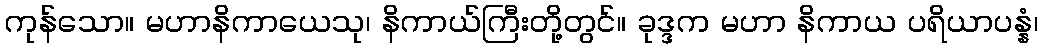
ကုန်သော။ မဟာနိကာယေသု၊ နိကာယ်ကြီးတို့တွင်။ ခုဒ္ဒက မဟာ နိကာယ ပရိယာပန္နံ၊